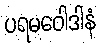
ပရမဝေါဒါနံ